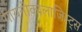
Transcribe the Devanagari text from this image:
गायनोकालाजिस्ट्स